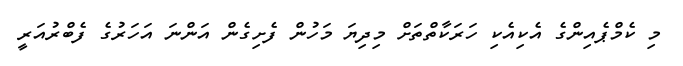
މި ކެމްޕެއިންގެ އެކިއެކި ހަރަކާތްތަށް މިދިޔަ މަހުން ފެށިގެން އަންނަ އަހަރުގެ ފެބްރުއަރީ